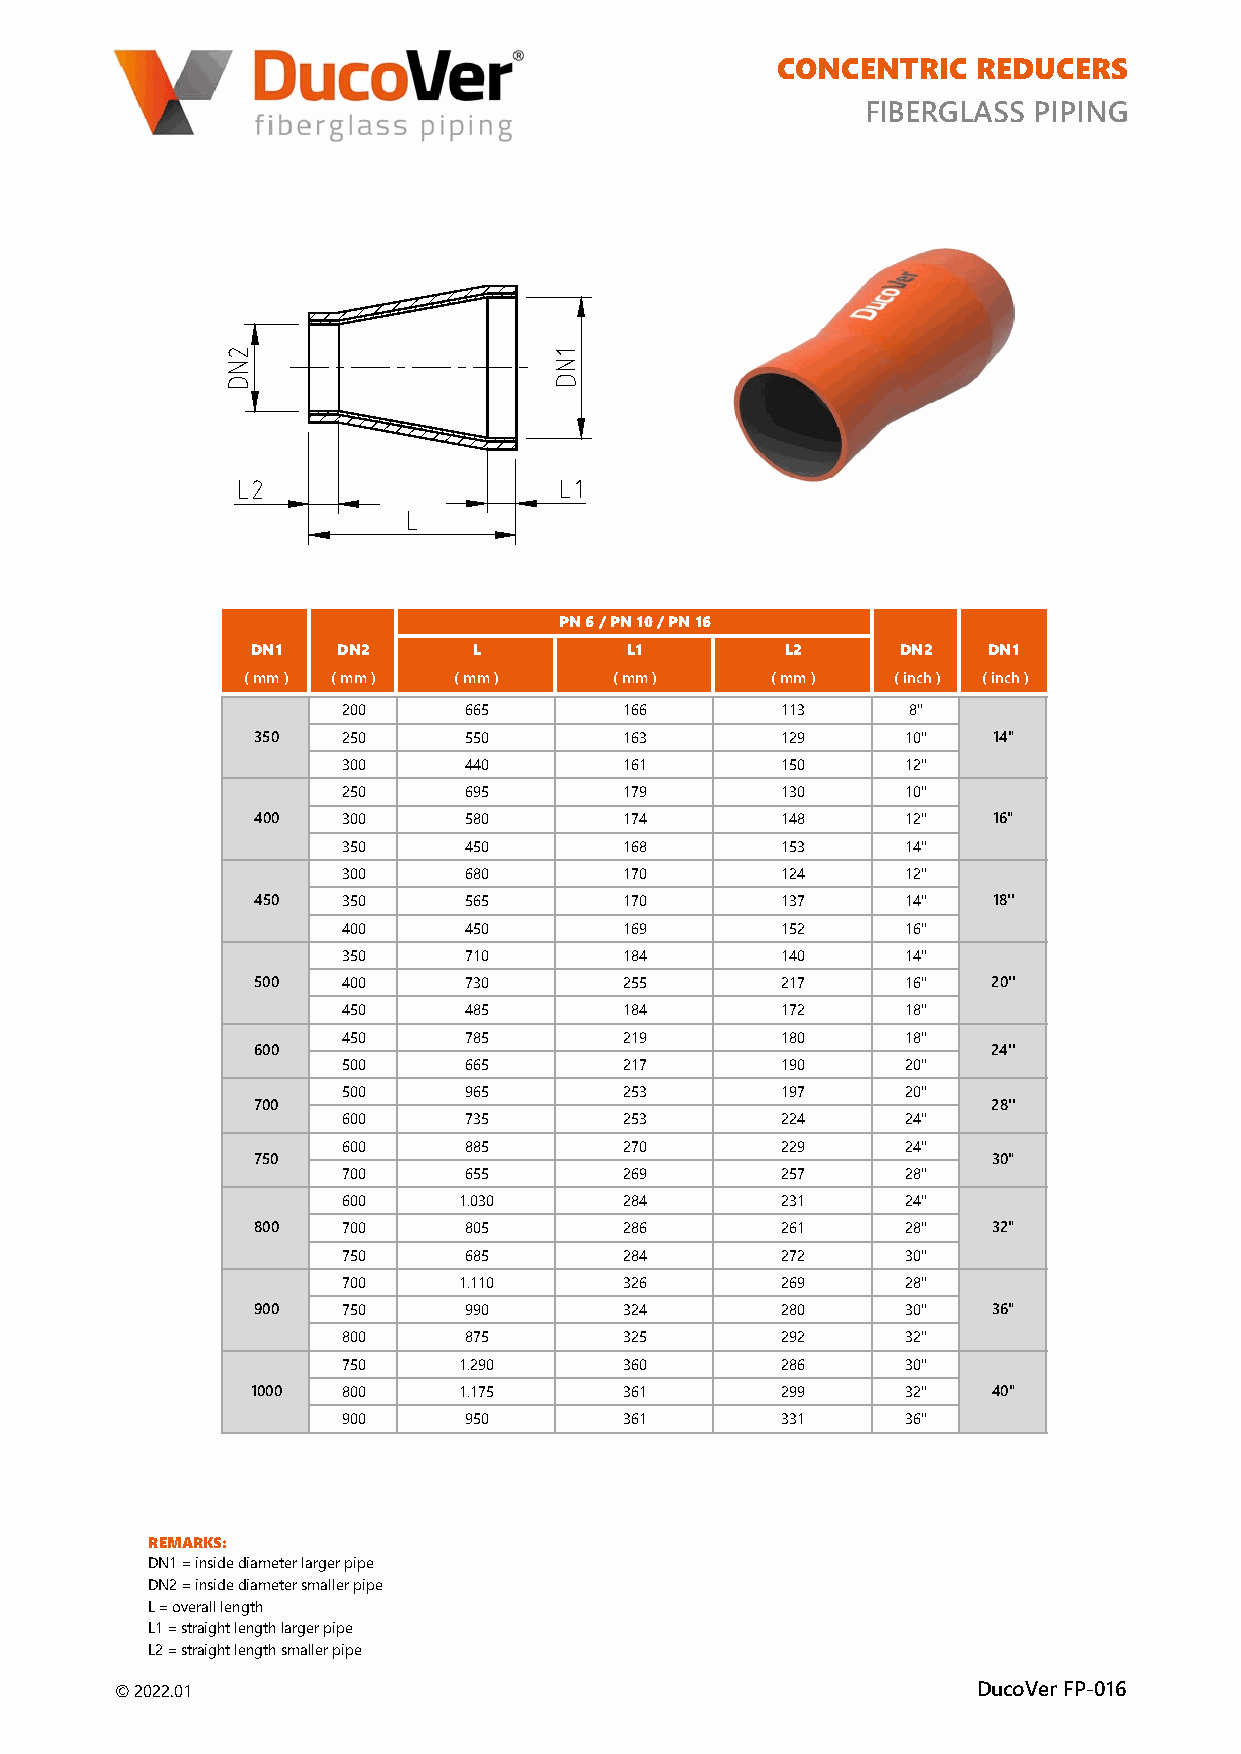
CONCENTRIC   REDUCERS
 FIBERGLASS PIPING
 PN 6 / PN 10 / PN 16
 DN1   DN2      L         L1         L2     DN2   DN1
 ( mm ) ( mm ) ( mm )    ( mm )     ( mm )  ( inch ) ( inch )
 200     665        166       113      8"
 350   250     550        163       129      10"  14"
 300     440        161       150      12"
 250     695        179       130      10"
 400   300     580        174       148      12"  16"
 350     450        168       153      14"
 300     680        170       124      12"
 450   350     565        170       137      14"  18''
 400     450        169       152      16"
 350     710        184       140      14"
 500   400     730        255       217      16"  20''
 450     485        184       172      18"
 450     785        219       180      18"
 600                                              24''
 500     665        217       190      20"
 500     965        253       197      20"
 700                                              28''
 600     735        253       224      24"
 600     885        270       229      24"
 750                                              30"
 700     655        269       257      28"
 600     1.030      284       231      24"
 800   700     805        286       261      28"  32"
 750     685        284       272      30"
 700     1.110      326       269      28"
 900   750     990        324       280      30"  36"
 800     875        325       292      32"
 750     1.290      360       286      30"
 1000  800     1.175      361       299      32"  40"
 900     950        361       331      36"
 REMARKS:
 DN1 = inside diameter larger pipe
 DN2 = inside diameter smaller pipe
 L = overall length
 L1 = straight length larger pipe
 L2 = straight length smaller pipe
 © 2022.01                                                DucoVer FP-016